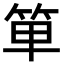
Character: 𥭆